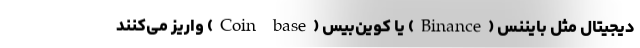
دیجیتال مثل بایننس (Binance) یا کوین‌بیس (Coin base) واریز می‌کنند